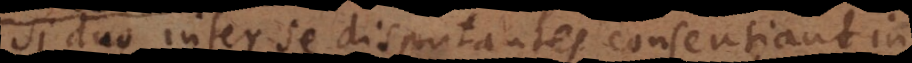
Si duo inter se disputantes consentiant in